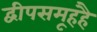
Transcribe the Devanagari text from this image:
द्वीपसमूहहै